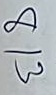
813